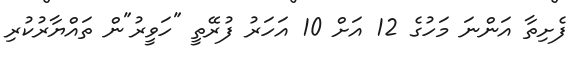
ފެށިތާ އަންނަ މަހުގެ 12 އަށް 10 އަހަރު ފުރޭތީ "ހަވީރު"ން ތައްޔާރުކުރި